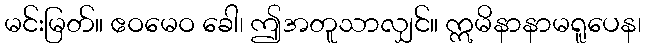
မင်းမြတ်။ ဧဝမေဝ ခေါ၊ ဤအတူသာလျှင်။ ဣမိနာနာမရူပေန၊